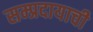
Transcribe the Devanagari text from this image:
सम्प्रदायाची